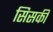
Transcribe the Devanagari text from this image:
सिसकी